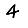
Digit: 4